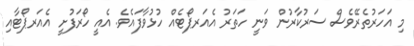
މި އަހަރުތެރޭވެސް ސަރުކާރުން ވަނީ ހަތަރު އެއަރޕޯޓެއް ހުޅުވާފައެވެ. އެއީ ހޯރަފުށީ އެއަރޕޯޓާއި